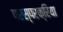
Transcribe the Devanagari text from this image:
परस्परक्रिया